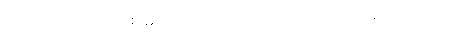
ပြင်ဂဂတတလံ၊ သုံးဝိစိတ္တ ဖြင်၍။ သောသတိယလာတသော၊ တူလျှင်။ တဿ၊